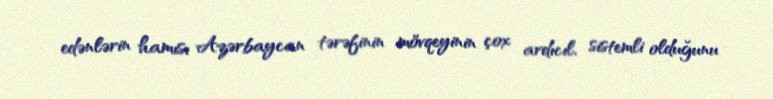
edənlərin hamısı Azərbaycan tərəfinin mövqeyinin çox ardıcıl, sistemli olduğunu